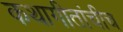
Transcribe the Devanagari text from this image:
कथागीतांचीच